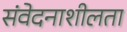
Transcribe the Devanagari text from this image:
संवेदनाशीलता